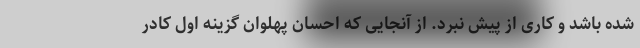
شده باشد و کاری از پیش نبرد. از آنجایی که احسان پهلوان گزینه اول کادر